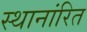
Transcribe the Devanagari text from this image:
स्थानांरित